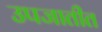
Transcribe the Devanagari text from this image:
उपजातीत